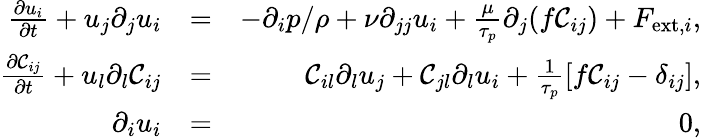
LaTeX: \begin{array}{rlr}{\frac{\partial{u_{i}}}{\partial t}+u_{j}\partial_{j}u_{i}}&{=}&{-\partial_{i}p/\rho+\nu\partial_{jj}u_{i}+\frac{\mu}{\tau_{p}}\partial_{j}(f\mathcal{C}_{ij})+F_{\mathrm{ext},i},}\\ {\frac{\partial{\mathcal{C}_{ij}}}{\partial t}+u_{l}\partial_{l}\mathcal{C}_{ij}}&{=}&{\mathcal{C}_{il}\partial_{l}u_{j}+\mathcal{C}_{jl}\partial_{l}u_{i}+\frac{1}{\tau_{p}}[f\mathcal{C}_{ij}-\delta_{ij}],}\\ {\partial_{i}u_{i}}&{=}&{0,}\end{array}